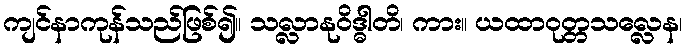
ကျင်နာကုန်သည်ဖြစ်၍။ သလ္လာနုဝိဒ္ဓါတိ၊ ကား။ ယထာဝုတ္တသလ္လေန၊